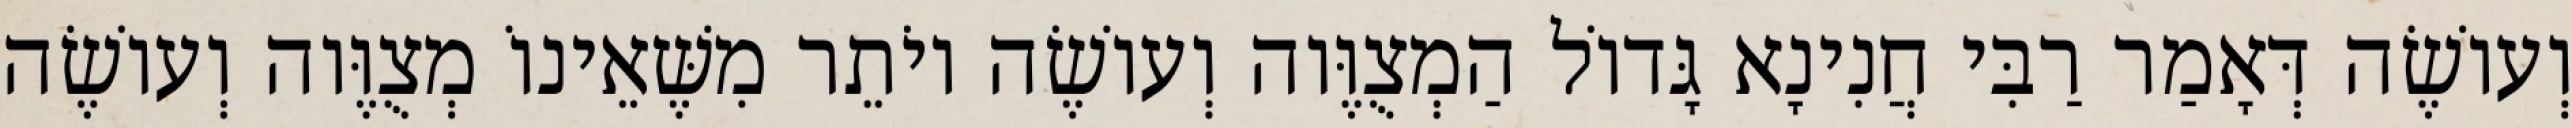
וְעוֹשֶׂה דְּאָמַר רַבִּי חֲנִינָא גָּדוֹל הַמְצֻוֶּוה וְעוֹשֶׂה יוֹתֵר מִשֶּׁאֵינוֹ מְצֻוֶּוה וְעוֹשֶׂה